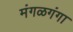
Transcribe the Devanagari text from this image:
मंगळगंगा